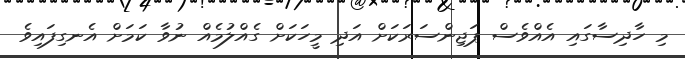
މި ހާދިސާގައި އެއްވެސް ޕަޖިންސަރަކަށް އަދި މީހަކަށް ގެއްލުމެއް ނުވާ ކަމަށް އެނގިފައިވެ